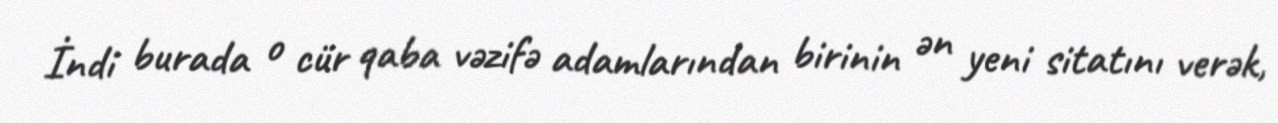
İndi burada o cür qaba vəzifə adamlarından birinin ən yeni sitatını verək,